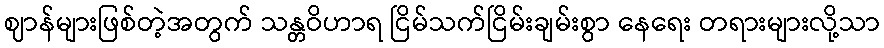
ဈာန်များဖြစ်တဲ့အတွက် သန္တဝိဟာရ ငြိမ်သက်ငြိမ်းချမ်းစွာ နေရေး တရားများလို့သာ